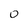
Character: 0